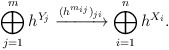
\begin{align*}\bigoplus_{j=1}^m h^{Y_j} \xrightarrow{(h^{m_{ij}})_{ji} } \bigoplus_{i=1}^n h^{X_i}.\end{align*}